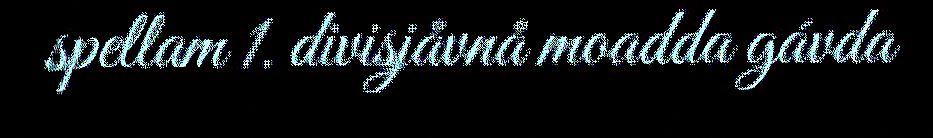
spellam 1. divisjåvnå moadda gávda